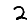
Digit: 2